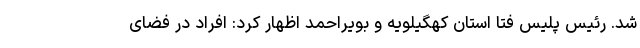
شد. رئیس پلیس فتا استان کهگیلویه و بویراحمد اظهار کرد: افراد در فضای